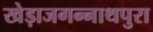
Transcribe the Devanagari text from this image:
खेड़ाजगन्नाथपुरा